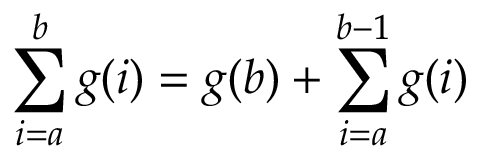
\sum _ { i = a } ^ { b } g ( i ) = g ( b ) + \sum _ { i = a } ^ { b - 1 } g ( i )